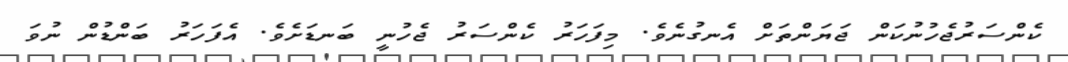
ކެންސަރުޖެހުނުކަން ޖަޔަންތަށް އެނގުނެވެ. މިފަހަރު ކެންސަރު ޖެހުނީ ބަނޑަށެވެ. އެފަހަރު ބަންޑުން ނުވަ